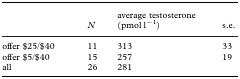
<table><thead><tr><td></td><td><b><i>N</i></b></td><td><b>average testosterone (pmol l<sup>−1</sup>)</b></td><td><b>s.e.</b></td></tr></thead><tbody><tr><td>offer $25/$40</td><td>11</td><td>313</td><td>33</td></tr><tr><td>offer $5/$40</td><td>15</td><td>257</td><td>19</td></tr><tr><td>all</td><td>26</td><td>281</td><td></td></tr></tbody></table>